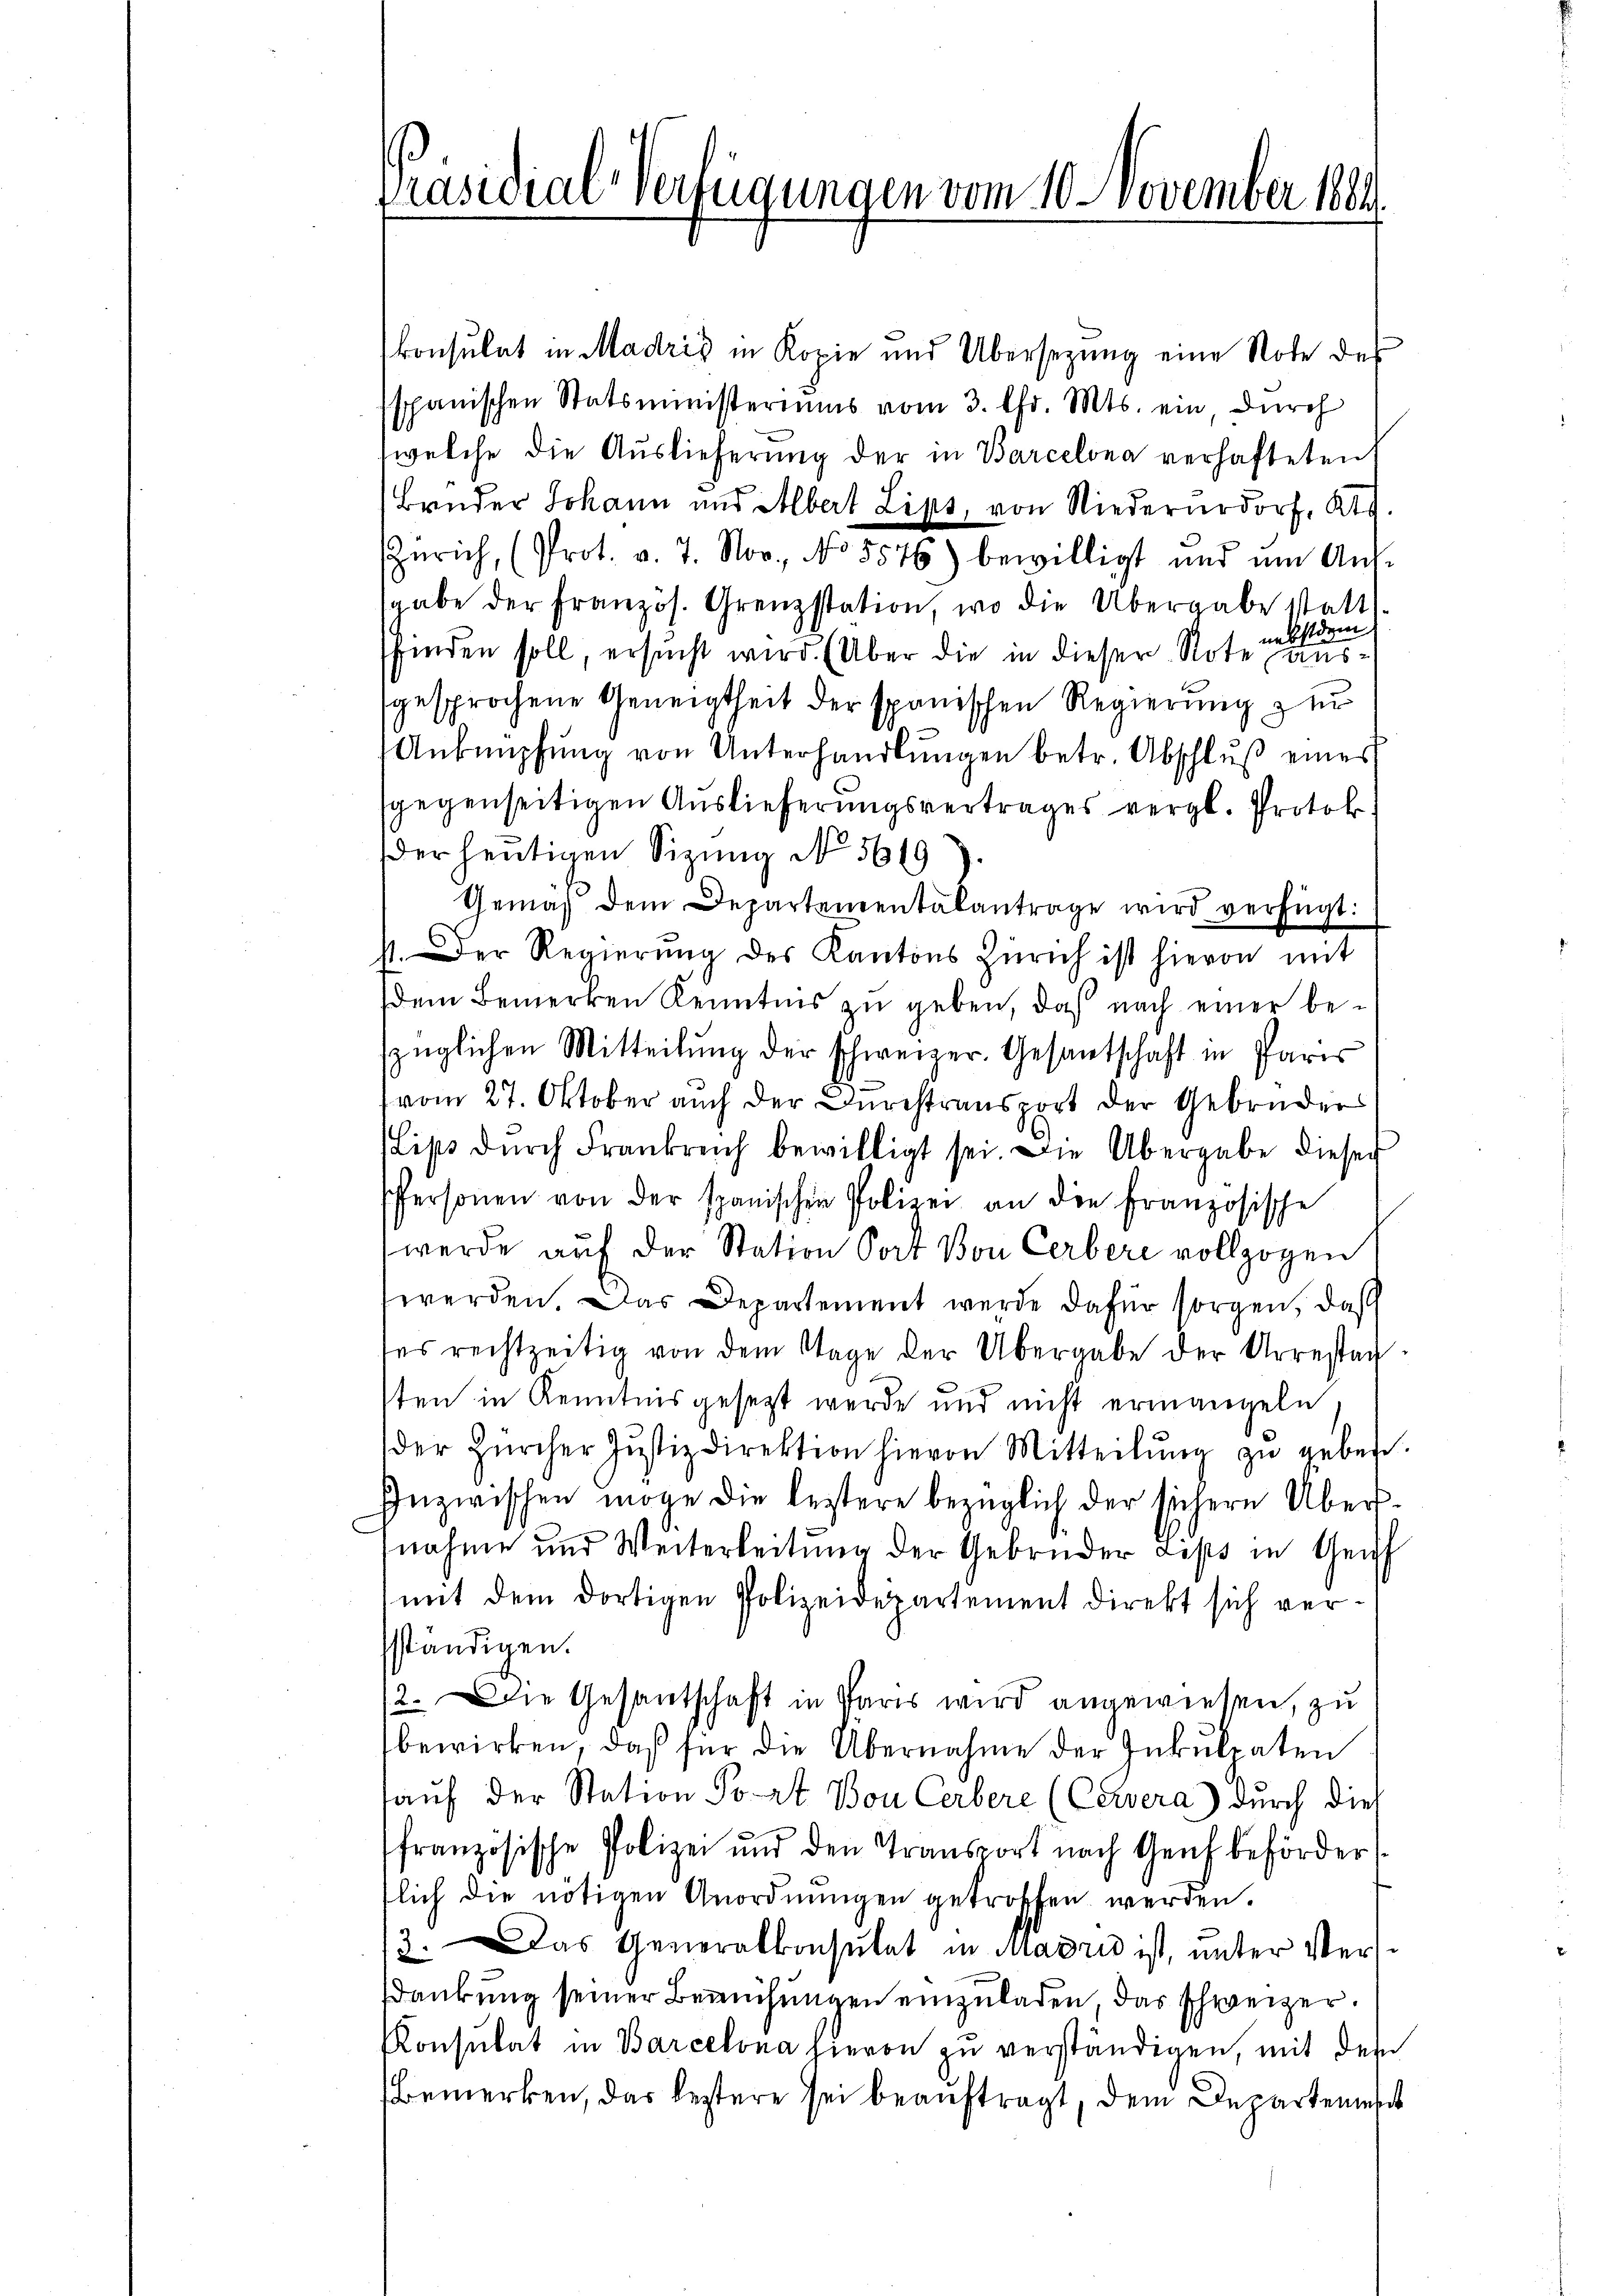
Präsidial-Verfügungen vom 10. November 1884.

konsulat in Madris in Kopie und Übersezung eine Note des
spanischen Statsministeriums vom 3. Chr. Mts. ein, durch
welche die Auslieferung der in Barcelona verhafteten
Bruder Johann und Albert Lips, von Niederurdorf, Kts.
Zürich, (Prot. v. 7. Nov., No 5576) bewilligt und um Auf-
sgabe der Französ. Grenzstation, wo die Übergabe statt-
nebstdem
sfinden soll, ersucht wird. (Über die in dieser Note ausgesprochene Geneigtheit der spanischen Regierung zur
Anknüpfŭng von Unterhandlŭngen betr. Abschlŭβ eines
sgegenseitigen Auslieferungsvertrages vergl. Protok.
der heutigen Sizŭng No. 5619).
Gemäß dem Departementalantrage wird verfügt:
st. Der Regierŭng des Kantons Zürich ist hievon mit
dem Bemerken Kenntnis zu geben, daß nach einer bezüglichen Mitteilŭng der schweizer. Gesantschaft in Pare
vom 27. Oktober auch der Durchstransport der Gebrüders
Lips dŭrch Frankreich bewilligt sei. Die Übergabe dieser
Pfersonen von der spanischen Polizei an die französische
werde auf der Station Port Bon Cerbere vollzogen
werden das Departement werde dafür sorgen, daß
des rechtzeitig von dem Tage der Übergabe der Arrestag
ten in Kenntnis gesezt werde und nicht ermangeln
der Zürcher Justizdirektion hievon Mitteilŭng zŭ geben.
Inzwischen möge die leztere bezüglich der sichern Übernahme und Weiterleitung der Gebrüder Less in Genf
mit dem dortigen Polizeidepartement direkt sich versständigen.
12. Die Gesantschaft in Paris wird angewiesen, zu
bewirken, daß für die Übernahme der Inkulpaten
aŭf der Station Port Bon Cerbere (Cervera) durch dies
französische Polizei und den Transport nach Genf beförderlich die nötigen Anordnŭngen getroffen werden.
3. Das Generalkonsulat in Quadrid ist, unter Versankung seiner Bemühungen einzuladen, das schweizer.
Konsulat in Barcelona hievon zu verständigen, mit dem
Bemerken, das leztere sei beauftragt, dem Departen